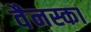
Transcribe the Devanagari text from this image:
वैनस्का